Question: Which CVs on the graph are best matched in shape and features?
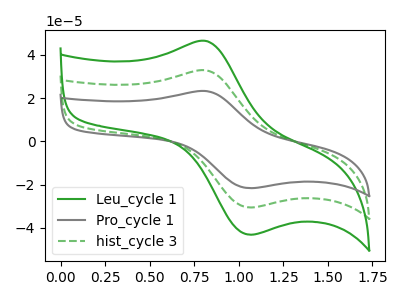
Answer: <think>The green curve "Leu_cycle 1" has an anodic peak at (0.80V, 46.40uA) and a cathodic peak at (1.05V, -43.10uA). The gray curve "Pro_cycle 1" has an anodic peak at (0.80V, 65.70uA) and a cathodic peak at (1.05V, -61.05uA). The green dashed curve "hist_cycle 3" has an anodic peak at (0.80V, 32.85uA) and a cathodic peak at (1.05V, -30.55uA).
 All the peaks in "Leu_cycle 1" have a peak in "Pro_cycle 1" at the same potential. Every peak in "Leu_cycle 1" is lower than every peak in "Pro_cycle 1". All the peaks in "Leu_cycle 1" have a peak in "hist_cycle 3" at the same potential. Every peak in "Leu_cycle 1" is higher than every peak in "hist_cycle 3". All the peaks in "Pro_cycle 1" have a peak in "hist_cycle 3" at the same potential. Every peak in "Pro_cycle 1" is higher than every peak in "hist_cycle 3".</think>
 <answer>"Leu_cycle 1", "Pro_cycle 1" and "hist_cycle 3" have the same shape and are likely CV's of the same chemical.</answer>
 <eval>"Leu_cycle 1" "Pro_cycle 1" "hist_cycle 3"</eval>